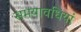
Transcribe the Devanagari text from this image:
समयावधियां